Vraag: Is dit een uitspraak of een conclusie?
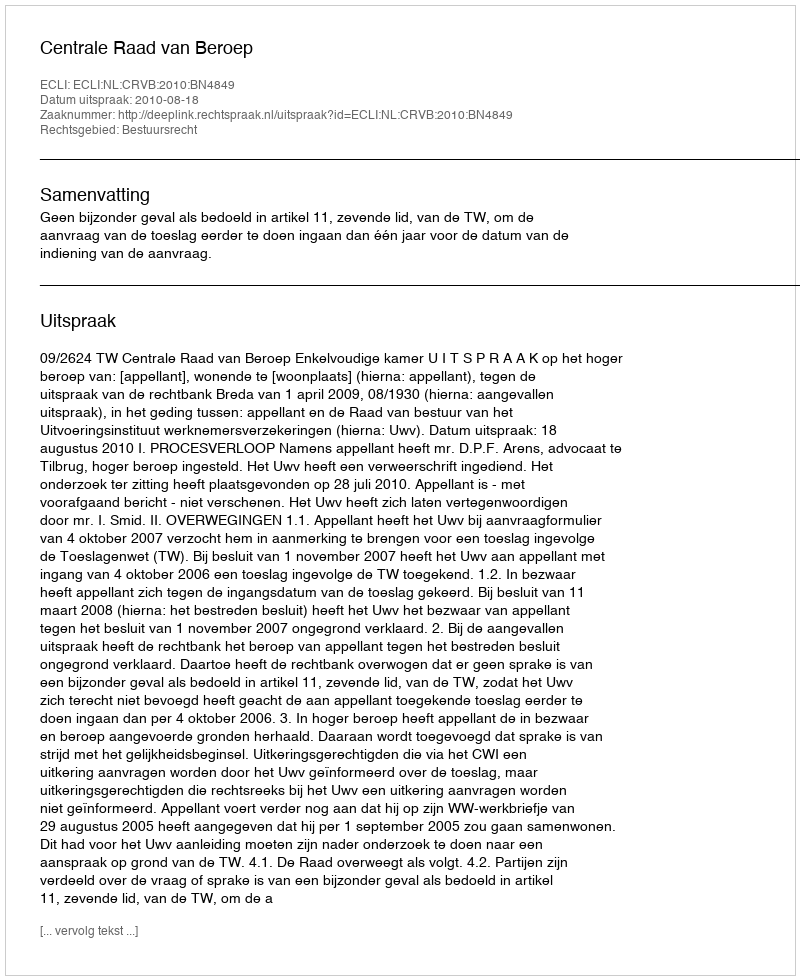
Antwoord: Uitspraak